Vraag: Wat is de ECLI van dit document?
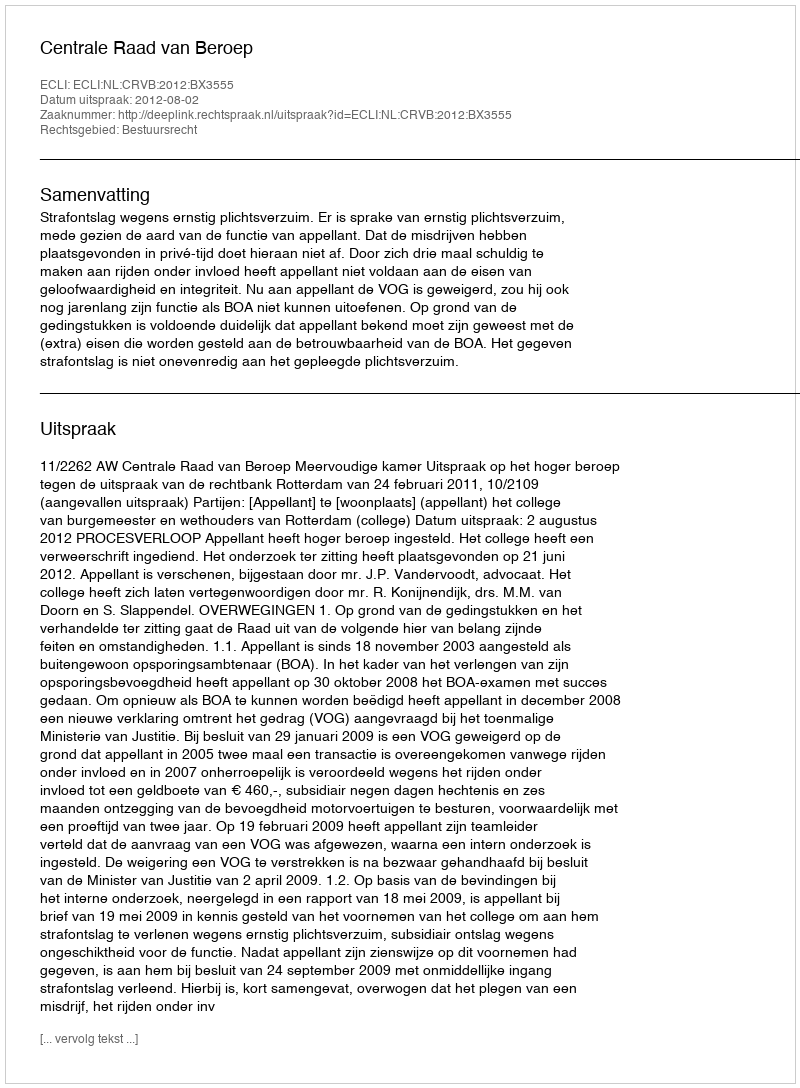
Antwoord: ECLI:NL:CRVB:2012:BX3555